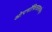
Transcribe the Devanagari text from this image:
ओपनॉफिसप्रमाणेच